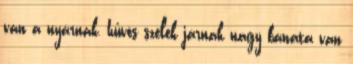
van a nyárnak, hűvös szelek járnak nagy bánata van